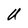
Character: U